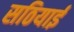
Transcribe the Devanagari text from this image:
सठियाई